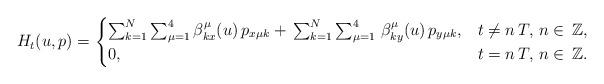
LaTeX: \begin{align*} H_t(u,p) =\begin{cases} \sum^{N}_{k=1}\sum^4_{\mu=1} \beta^\mu_{kx}(u)\,p_{x\mu k}+\,\sum^{N}_{k=1}\sum^4_{\mu=1}\, \beta^\mu_{ky}(u)\,p_{y\mu k}, & t\neq n\,T,\,n\in\, \mathbb{Z},\\ 0, & t= n\,T,\,n\in\, \mathbb{Z}. \end{cases} \end{align*}